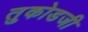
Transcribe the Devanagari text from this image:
तुकोडजी